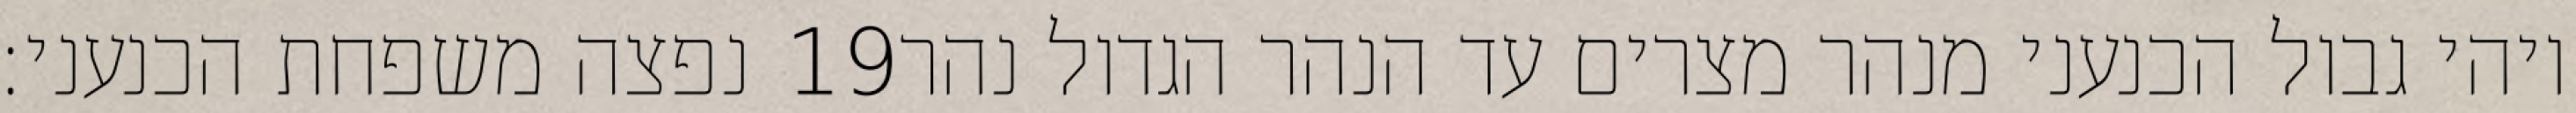
נפצה משפחת הכנעני׃ ‎19‏ ויהי גבול הכנעני מנהר מצרים עד הנהר הגדול נהר